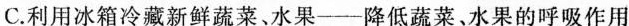
C.利用冰箱冷藏新鲜蔬菜﹑水果——降低蔬菜、水果的呼吸作用